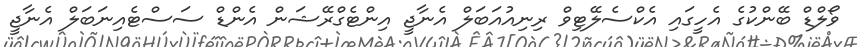
ވޯލްޑް ބޭންކުގެ އެހީގައި އެކްސެލޭޓިވް ރިނިއުއަބަލް އެނާޖީ އިންޓެގްރޭޝަން އެންޑް ސަސްޓެއިނަބަލް އެނާޖީ